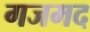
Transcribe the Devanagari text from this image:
गजमद